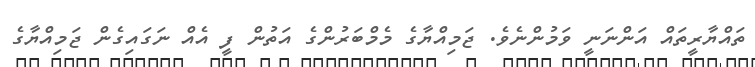
ތައްޔާރީތައް އަންނަނީ ވަމުންނެވެ. ޖަމިއްޔާގެ މެމްބަރުންގެ އަތުން ފީ އެެއް ނަގައިގެން ޖަމިއްޔާގެ